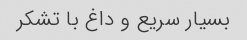
بسیار سریع و داغ با تشکر